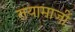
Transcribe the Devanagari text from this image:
तयामाजीं